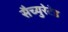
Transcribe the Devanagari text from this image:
सैच्युरेटेड